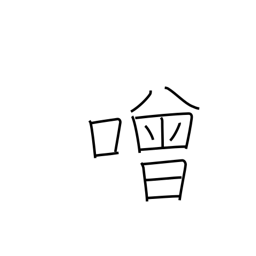
Meaning: boisterous